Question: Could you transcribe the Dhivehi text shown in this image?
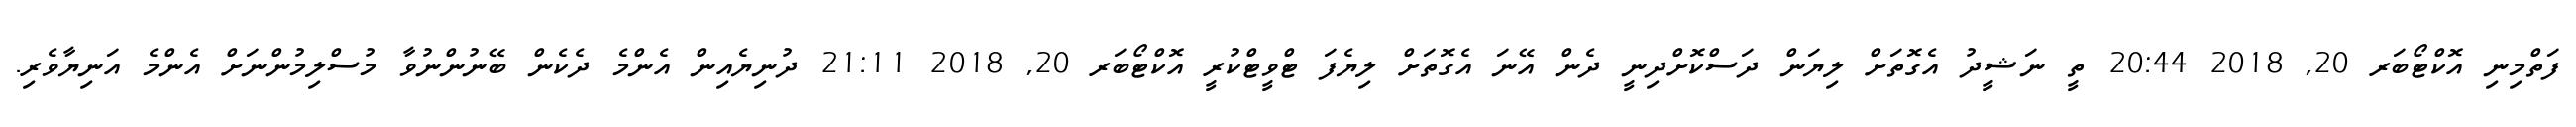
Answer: ފަތްމިނި އޮކްޓޯބަރ 20, 2018 20:44 ތީ ނަޝީދު އެގޮތަށް ލިޔަން ދަސްކޮށްދިނީ ދެން އޭނަ އެގޮތަށް ލިޔެފަ ޓްވީޓްކުރީ އޮކްޓޯބަރ 20, 2018 21:11 ދުނިޔެއިން އެންމެ ދެކެން ބޭނުންނުވާ މުސްލިމުންނަށް އެންމެ އަނިޔާވެރި.